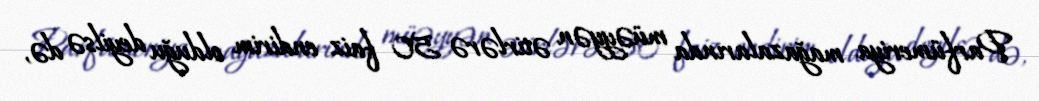
Parfümeriya mağazalarında müəyyən ətirlərə 50 faiz endirim olduğu deyilsə də,